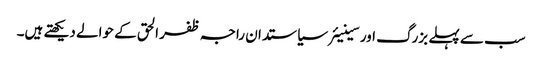
سب سے پہلے بزرگ اور سینیئرسیاستدان راجہ ظفر الحق کے حوالے دیکھتے ہیں۔